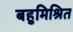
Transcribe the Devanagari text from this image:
बहुमिश्रित